Annual administration report of the Civil Veterinary Department of India - 1894-1895
Year: 1894
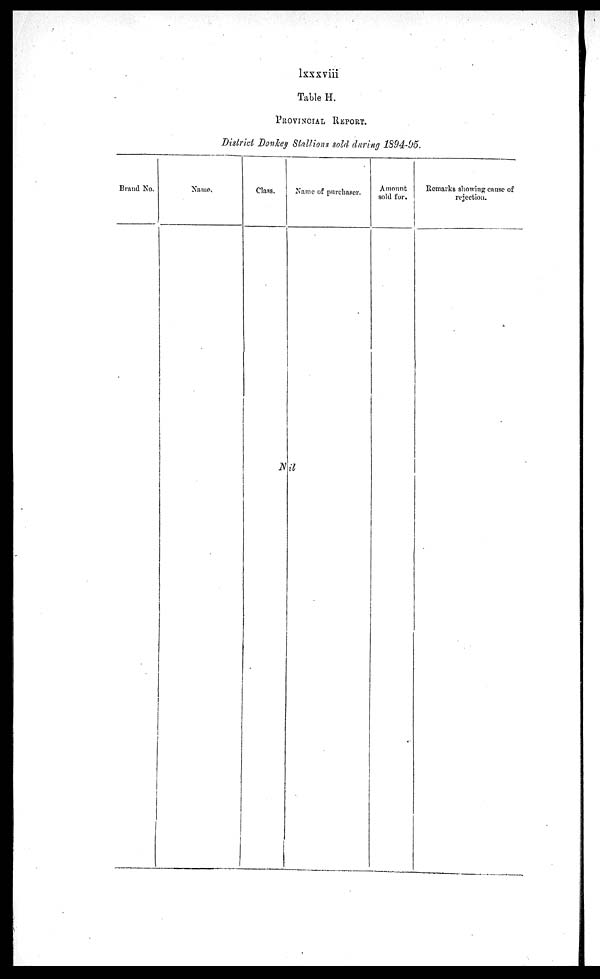
lssxviii
Table H.
PROVINCIAL REPORT.
District Donkey Stallions sold during 1894-95.
Brand No.
Name.
Class.
Name of purchaser.
Nil
Amount
sold for.
Remarks showing cause of
rejection.